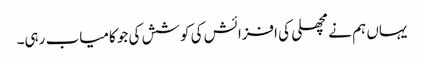
یہاں ہم نے مچھلی کی افزائش کی کوشش کی جو کامیاب رہی۔